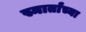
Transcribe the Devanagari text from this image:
स्मार्तांच्या